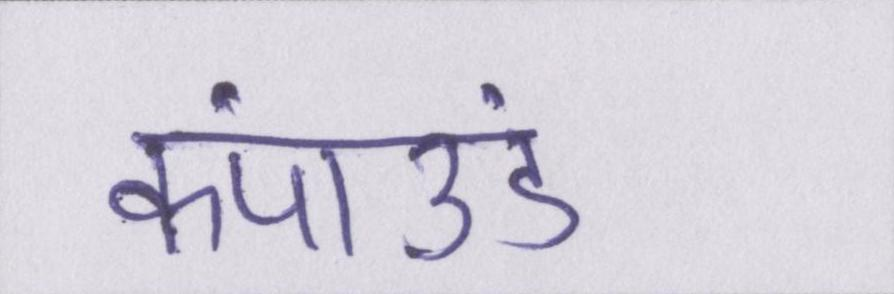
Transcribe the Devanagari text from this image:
कंपाउंड